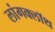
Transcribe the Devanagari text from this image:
लांगक्लॉथ